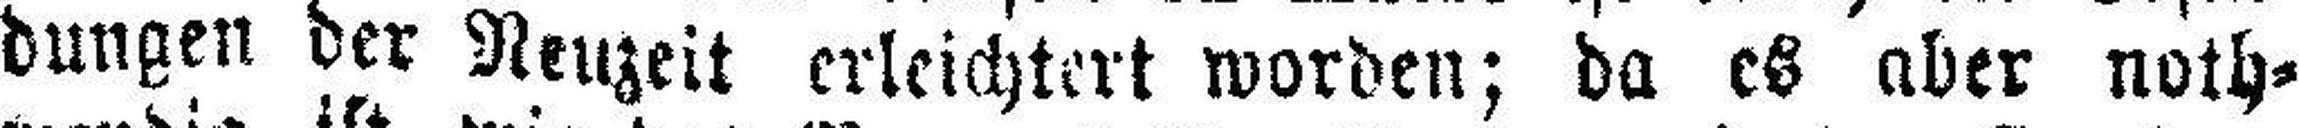
dungen der Neuzeit erleichtert worden; da es aber noth¬